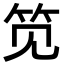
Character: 笕